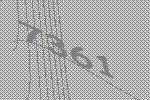
7361